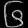
Digit: ၆